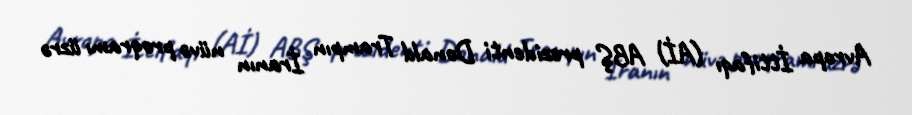
Avropa İttifaqı (Aİ) ABŞ prezidenti Donald Trampın İranın nüvə proqramı üzrə